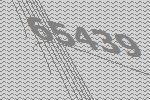
65439